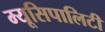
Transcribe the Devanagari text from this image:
म्यूसिपालिटी